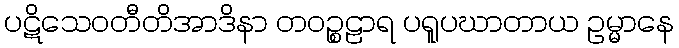
ပဋိသေဝတီတိအာဒိနာ တဝဉ္စဠာရ ပရူပဃာတာယ ဥမ္မာနေ